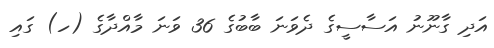
އަދި ގާނޫނު އަސާސީގެ ދެވަނަ ބާބުގެ 36 ވަނަ މާއްދާގެ (ހ) ގައި